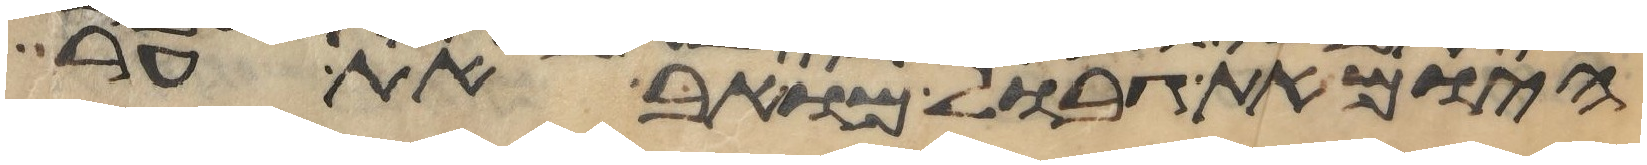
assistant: היום את גבול מואב את ער